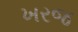
ખરજ